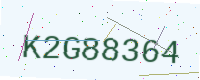
Text: K2G88364